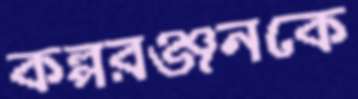
কল্পরঞ্জনকে